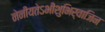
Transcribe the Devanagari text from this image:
नेनीयतेऽभीशुभिर्वाजिन